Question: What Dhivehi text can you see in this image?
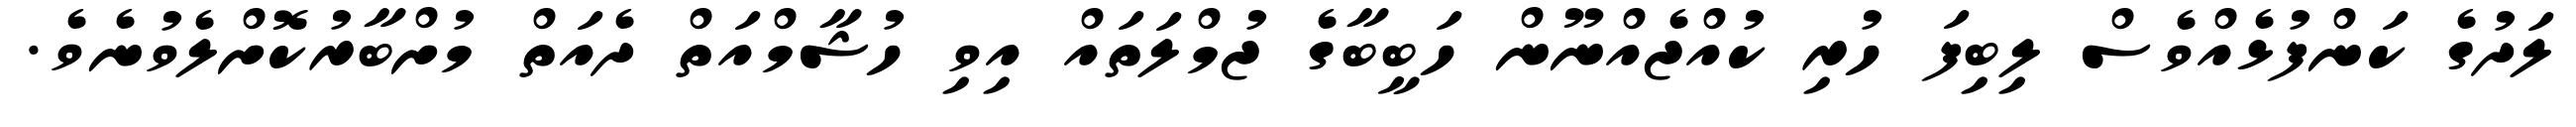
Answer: ލަދުގެ ކަންފުޅެއްވެސް ލިބިފަ ހުރި ކުއްޖެއްނޫން ހަބީބާގެ ޖުމްލަތައް އިވި ހުޝާމްއަތް ދެއަތް މުށްބާރުކޮށްލެވުނެވެ.